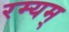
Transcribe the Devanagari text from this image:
रम्यम्